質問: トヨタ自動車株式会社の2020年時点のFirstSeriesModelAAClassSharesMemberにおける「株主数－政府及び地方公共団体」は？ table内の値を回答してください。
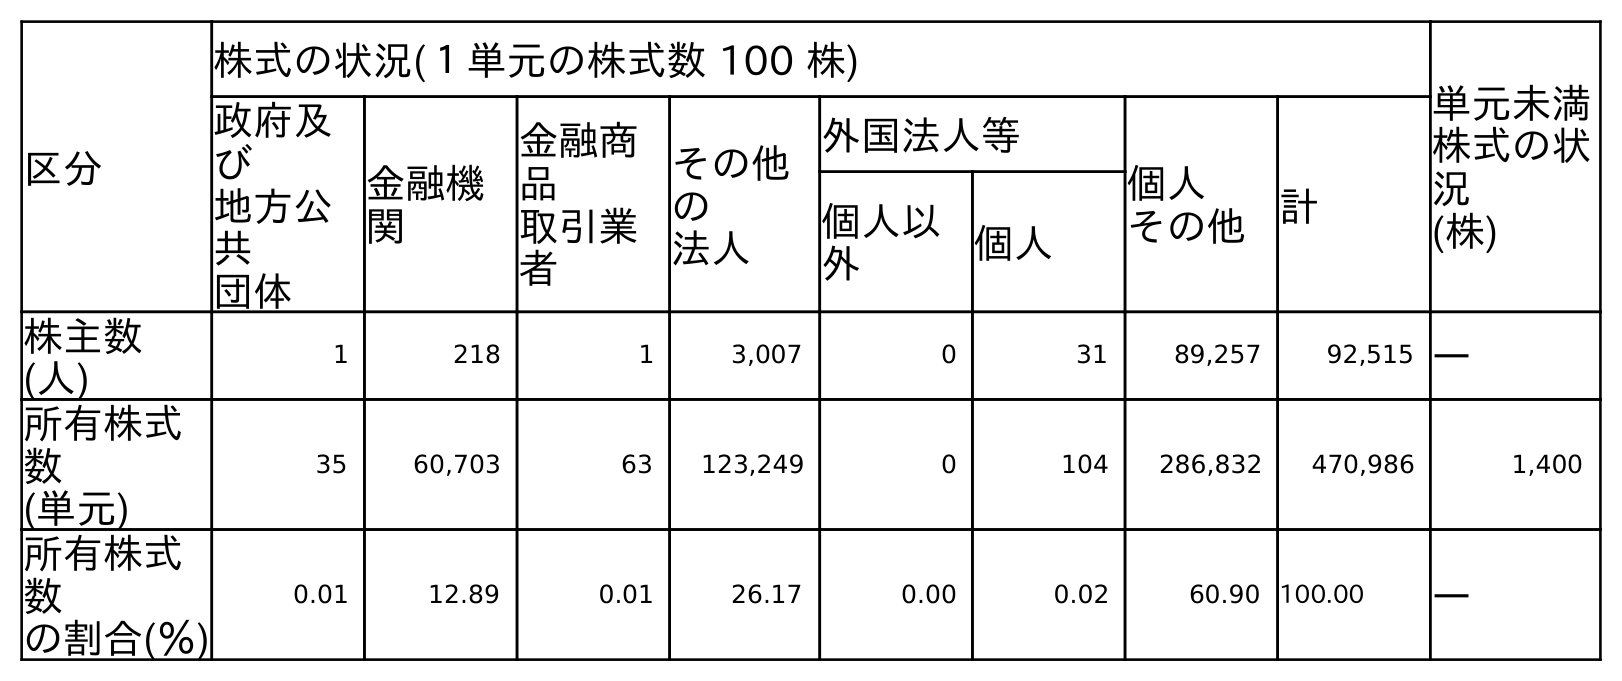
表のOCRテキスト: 区分 株式の状況(１単元の株式数 100 株) 単元未満 株式の状 況 (株) 政府及 び 地方公 共 団体 金融機 関 金融商 品 取引業 者 その他 の 法人 外国法人等 個人 その他 計 個人以 外 個人 株主数 (人) 1 218 1 3,007 0 31 89,257 92,515 ― 所有株式 数 (単元) 35 60,703 63 123,249 0 104 286,832 470,986 1,400 所有株式 数 の割合(％) 0.01 12.89 0.01 26.17 0.00 0.02 60.90 100.00 ―
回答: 1